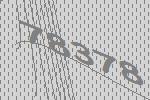
78378